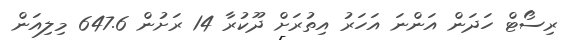
ރިސޯޓް ހަދަން އަންނަ އަހަރު އިތުރަށް ދޫކުރާ 14 ރަށުން 647.6 މިލިއަން